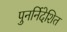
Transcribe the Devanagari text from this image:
पुनर्निदेशित